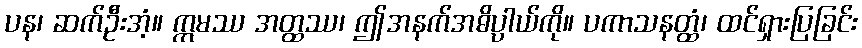
ပန၊ ဆက်ဦးအံ့။ ဣမဿ အတ္ထဿ၊ ဤအနက်အဓိပ္ပာယ်ကို။ ပကာသနတ္ထံ၊ ထင်ရှားပြခြင်း